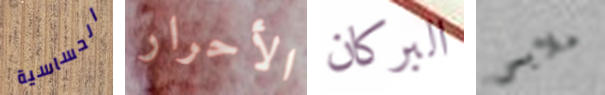
الحساسية الأحرار البركان ملابس